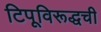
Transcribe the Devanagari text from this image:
टिपूविरूद्धची